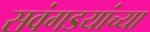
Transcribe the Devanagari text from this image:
सवंगडयांच्या